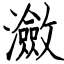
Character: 瀲